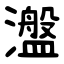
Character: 瀊